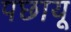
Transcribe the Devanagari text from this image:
पछायू